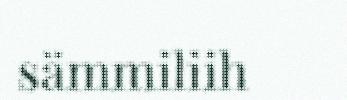
sämmiliih